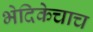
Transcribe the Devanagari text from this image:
भेदिकेचाच